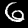
Digit: 6